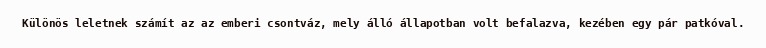
Különös leletnek számít az az emberi csontváz, mely álló állapotban volt befalazva, kezében egy pár patkóval.